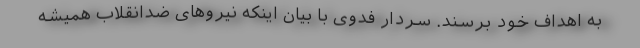
به اهداف خود برسند. سردار فدوی با بیان اینکه نیروهای ضدانقلاب همیشه